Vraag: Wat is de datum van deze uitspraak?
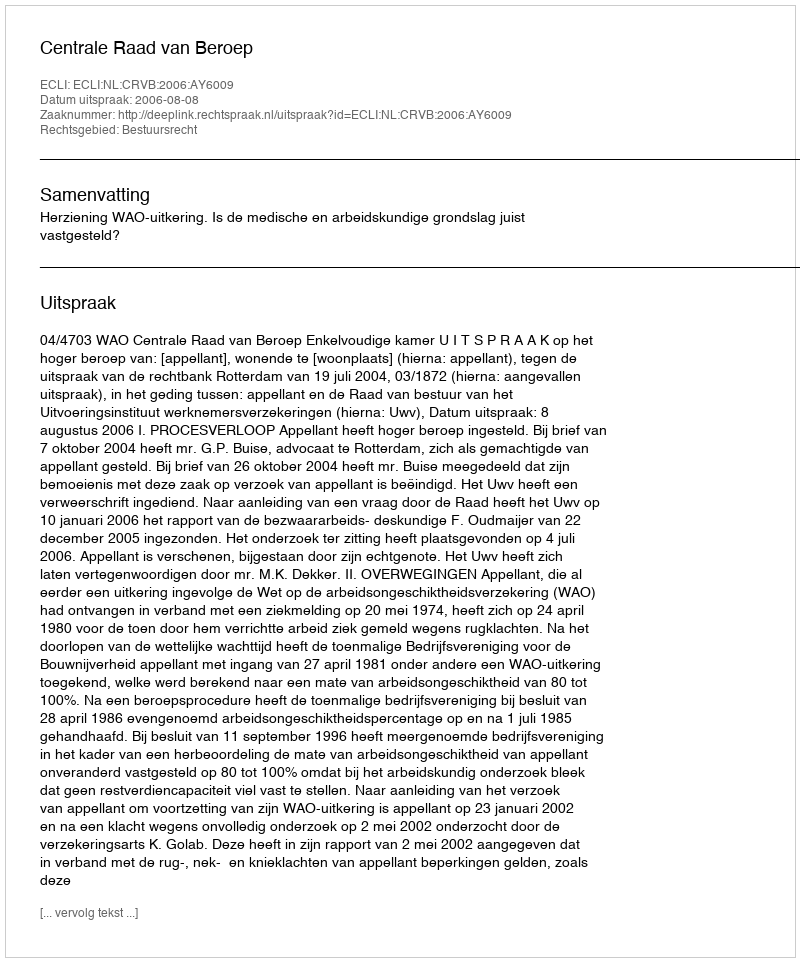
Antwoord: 2006-08-08